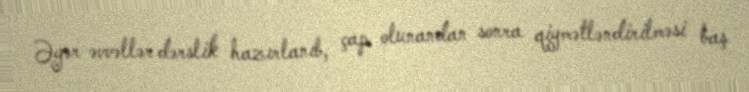
Əgər əvvəllər dərslik hazırlanıb, çap olunandan sonra qiymətləndirilməsi baş